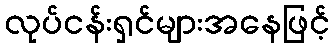
လုပ်ငန်းရှင်များအနေဖြင့်